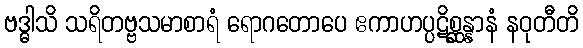
ဗဒ္ဓါသိ သရိတဗ္ဗသမာစာရံ ရောဂတောပေ ဧကာဟပ္ပဋိစ္ဆန္နာနံ နဝုတီတိ